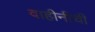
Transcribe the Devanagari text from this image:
वाहीनीची